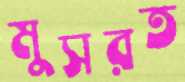
মুসরত